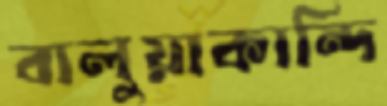
বালুয়াকান্দি